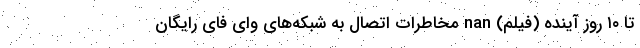
تا ۱۰ روز آینده (فیلم) nan مخاطرات اتصال به شبکه‌های وای فای رایگان